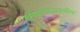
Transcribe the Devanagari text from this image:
खंडाळ्याजवळील